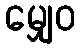
မျှေဝ